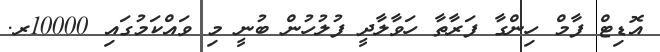
އޮޑިޓް ފާމް ހިންގާ ފަރާތާ ހަވާލާދީ ފުލުހުން ބުނީ މި ވައްކަމުގައި 10000ރ.